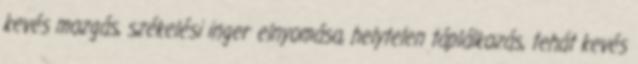
kevés mozgás, székelési inger elnyomása, helytelen táplálkozás, tehát kevés